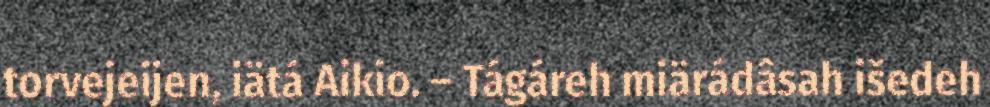
torvejeijen, iätá Aikio. – Tágáreh miärádâsah išedeh